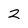
Character: 2